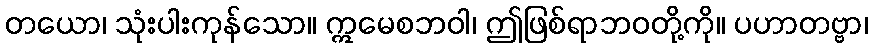
တယော၊ သုံးပါးကုန်သော။ ဣမေစဘဝါ၊ ဤဖြစ်ရာဘဝတို့ကို။ ပဟာတဗ္ဗာ၊